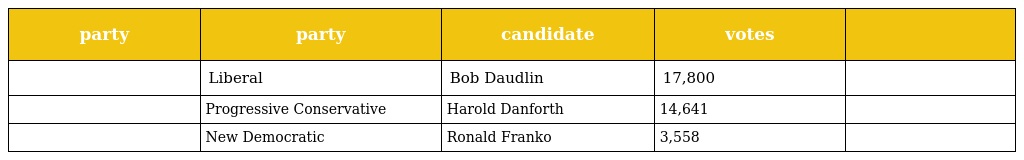
| party | party | candidate | votes |  |
 | --- | --- | --- | --- | --- |
 |  | Liberal | Bob Daudlin | 17,800 |  |
 |  | Progressive Conservative | Harold Danforth | 14,641 |  |
 |  | New Democratic | Ronald Franko | 3,558 |  |